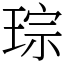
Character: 琮